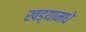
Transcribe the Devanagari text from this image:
खड्यामधे